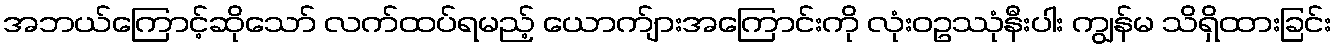
အဘယ်ကြောင့်ဆိုသော် လက်ထပ်ရမည့် ယောက်ျားအကြောင်းကို လုံးဝဥဿုံနီးပါး ကျွန်မ သိရှိထားခြင်း